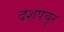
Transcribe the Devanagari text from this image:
दशपचूर